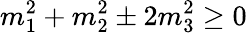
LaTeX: m_{1}^{2}+m_{2}^{2}\pm 2m_{3}^{2}\geq 0